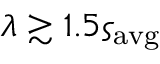
\lambda \gtrsim 1 . 5 \varsigma _ { \mathrm { a v g } }